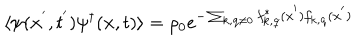
\langle \psi ( { \bf { x } } ^ { ' } , t ^ { ' } ) \psi ^ { \dagger } ( { \bf { x } } , t ) \rangle = \rho _ { 0 } e ^ { - \sum _ { { \bf { k } } , { \bf { q } } \neq 0 } f _ { { \bf { k } } , { \bf { q } } } ^ { * } ( { \bf { x } } ^ { ' } ) f _ { { \bf { k } } , { \bf { q } } } ( { \bf { x } } ^ { ' } ) }